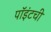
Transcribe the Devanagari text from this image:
पॉइंटची